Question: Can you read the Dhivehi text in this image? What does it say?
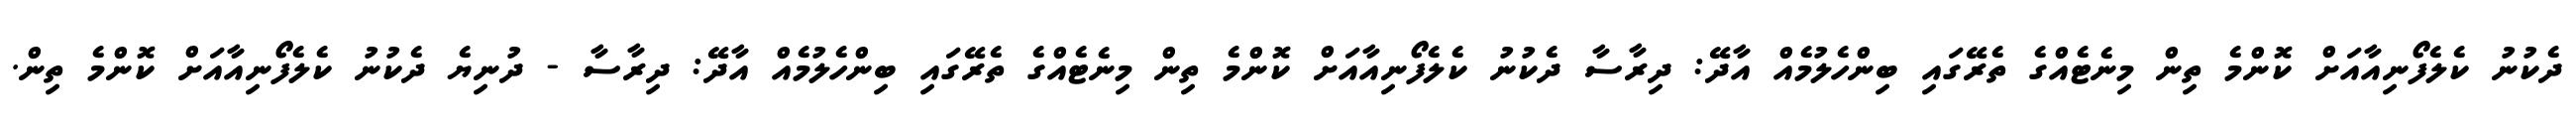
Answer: ދެކުނު ކެލެފޯނިއާއަށް ކޮންމެ ތިން މިނެޓެއްގެ ތެރޭގައި ބިންހެލުމެއް އާދޭ: ދިރާސާ ދެކުނު ކެލެފޯނިއާއަށް ކޮންމެ ތިން މިނެޓެއްގެ ތެރޭގައި ބިންހެލުމެއް އާދޭ: ދިރާސާ - ދުނިޔެ ދެކުނު ކެލެފޯނިއާއަށް ކޮންމެ ތިން.